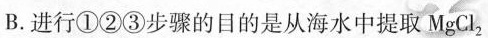
B.进行①②③步骤的目的是从海水中提取 $$ MgCl_{2} $$